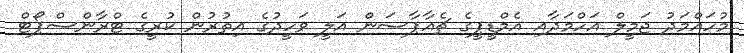
މުހައްމަދު ޖަމީލް އަހްމަދާއި އެމްޑީޕީގެ ޗެއާޕާސަން އަލީ ވަހީދުގެ އިތުރުން ކުރީގެ ޓްރާންސްޕޯޓް